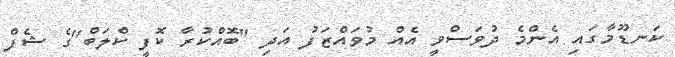
ކަނޑޫމާގައި އެންމެ ދުވަސްވީ އެއް މުވައްޒަފު އަދި "ބޮއްކުރާ ކޮފީ ކްލަބް"ގެ ޝެފް